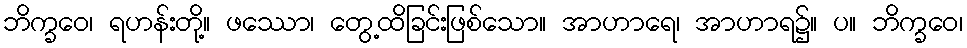
ဘိက္ခဝေ၊ ရဟန်းတို့။ ဖဿော၊ တွေ့ထိခြင်းဖြစ်သော။ အာဟာရေ၊ အာဟာရ၌။ ပ။ ဘိက္ခဝေ၊